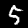
Digit: 5